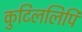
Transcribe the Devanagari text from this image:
कुटिललिपि